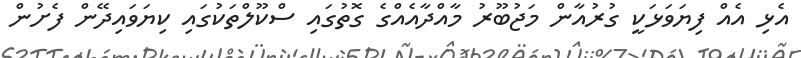
އެޅި އެއް ފިޔަވަޅަކީ ގުރުއާން މަޖުބޫރު މާއްދާއެއްގެ ގޮތުގައި ސްކޫލްތަކުގައި ކިޔަވައިދޭން ފެށުން